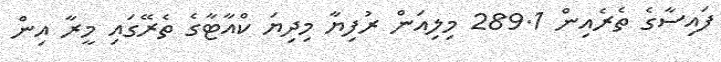
ފައިސާގެ ތެރެއިން 289.1 މިލިއަން ރުފިޔާ މިދިޔަ ކްއާޓާގެ ތެރޭގައި މީރާ އިން